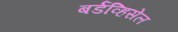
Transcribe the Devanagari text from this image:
बर्डव्हिसेल